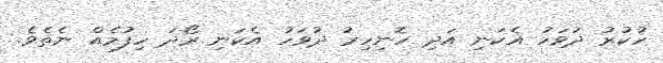
ހުކުރު ދުވަހު އެކަނި އަދި ހޮނިހިރު ދުވަހު އެކަނި ރޯދަ ހިފުމެއް ނެތެވެ.